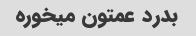
بدرد عمتون میخوره